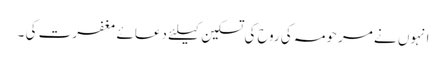
انہوں نے مرحومہ کی روح کی تسکین کیلئے دعائے مغفرت کی ۔